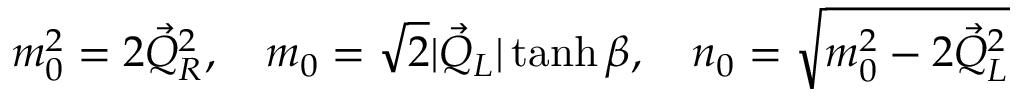
m _ { 0 } ^ { 2 } = 2 \vec { Q } _ { R } ^ { 2 } , \quad m _ { 0 } = \sqrt { 2 } | \vec { Q } _ { L } | \operatorname { t a n h } \beta , \quad n _ { 0 } = \sqrt { m _ { 0 } ^ { 2 } - 2 \vec { Q } _ { L } ^ { 2 } }